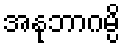
အနုဘာဂမ္ပိ